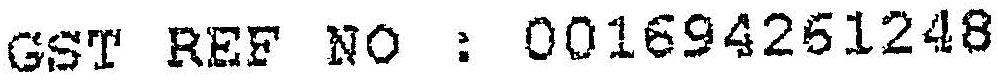
GST REF NO : 001694261248